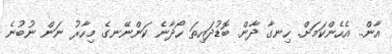
އާން.. އެހެންކަމަށް. ހިނގާ ދާން. ބޮޑުދައިތަ ހޯދާނެ ކަންނޭނގެ މިހާރު ނަން ނުބުނެ